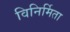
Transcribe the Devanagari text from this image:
विनिर्मिता